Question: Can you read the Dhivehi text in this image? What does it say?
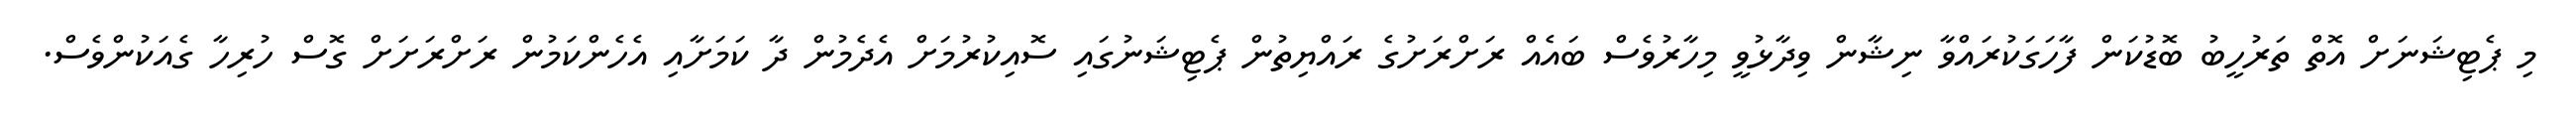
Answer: މި ޕެޓިޝަނަށް އޮތް ތަރުހީބު ބޮޑުކަން ފާހަގަކުރައްވާ ނިޝާން ވިދާޅުވީ މިހާރުވެސް ބައެއް ރަށްރަށުގެ ރައްޔިތުން ޕެޓިޝަނުގައި ސޮއިކުރުމަށް އެދެމުން ދާ ކަމަށާއި އެހެންކަމުން ރަށްރަށަށް ގޮސް ހުރިހާ ގެއަކުންވެސް.